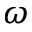
\omega